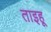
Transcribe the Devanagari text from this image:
ताइहू